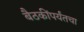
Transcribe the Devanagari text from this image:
बैठकींपर्यंतचा